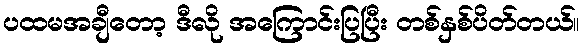
ပထမအချီတော့ ဒီလို အကြောင်းပြပြီး တစ်နှစ်ပိတ်တယ်။